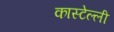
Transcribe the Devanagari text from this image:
कास्टेल्ली